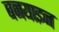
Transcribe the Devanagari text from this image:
बनयाइन